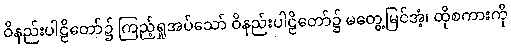
ဝိနည်းပါဠိတော်၌ ကြည့်ရှုအပ်သော် ဝိနည်းပါဠိတော်၌ မတွေ့မြင်အံ့၊ ထိုစကားကို